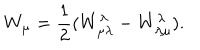
LaTeX: W _ { \mu } = { \frac { 1 } { 2 } } ( W _ { \mu \lambda } ^ { \lambda } - W _ { \lambda \mu } ^ { \lambda } ) .